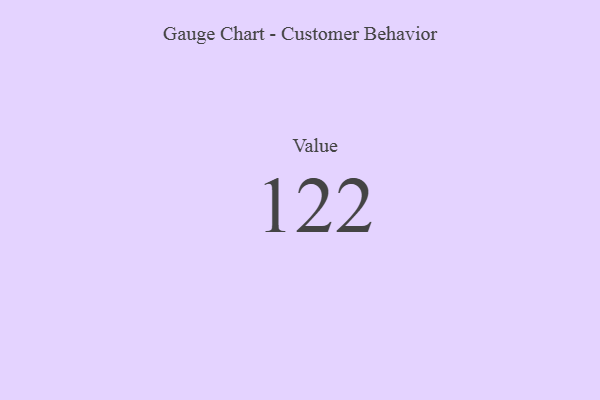
{"axis": {"x": "Metric", "y": "Value"}, "legend": [""], "data": [{"x": "Value", "y": 122, "type": ""}]}